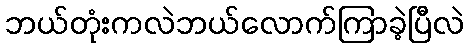
ဘယ်တုံးကလဲဘယ်လောက်ကြာခဲ့ပြီလဲ